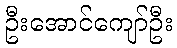
ဦးအောင်ကျော်ဦး